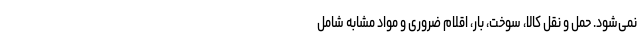
نمی‌شود. حمل و نقل کالا، سوخت، بار، اقلام ضروری و مواد مشابه شامل